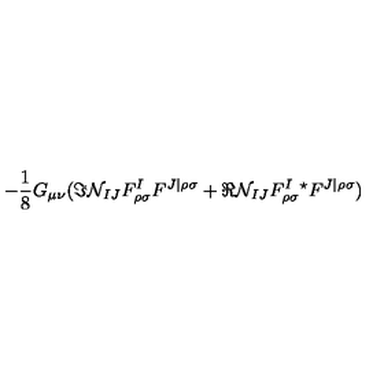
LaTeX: - \frac { 1 } { 8 } G _ { \mu \nu } ( \Im { \cal N } _ { I J } F _ { \rho \sigma } ^ { I } F ^ { J | \rho \sigma } + \Re { \cal N } _ { I J } F _ { \rho \sigma } ^ { I } { } ^ { \star } F ^ { J | \rho \sigma } )